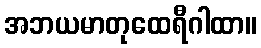
အဘယမာတုထေရီဂါထာ။